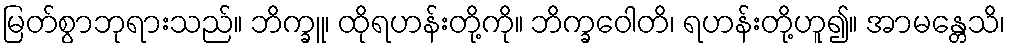
မြတ်စွာဘုရားသည်။ ဘိက္ခူ၊ ထိုရဟန်းတို့ကို။ ဘိက္ခဝေါတိ၊ ရဟန်းတို့ဟူ၍။ အာမန္တေသိ၊